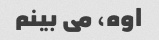
اوه، می بینم